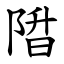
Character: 陹